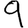
Digit: 9